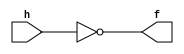
module mux16_8x1_not(f,h);
	output f;
	input h;
assign f = ~h;
endmodule